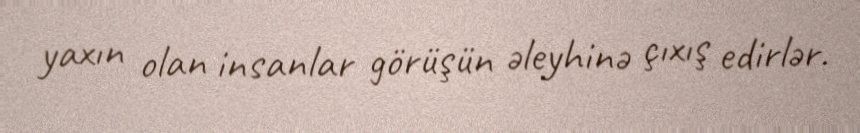
yaxın olan insanlar görüşün əleyhinə çıxış edirlər.